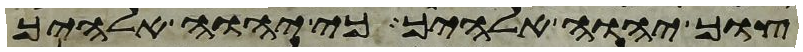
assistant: צוך יהוה אלהיך כי יהוה אלהיך